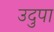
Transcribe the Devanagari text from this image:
उदुपा